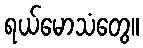
ရယ်မောသံတွေ။